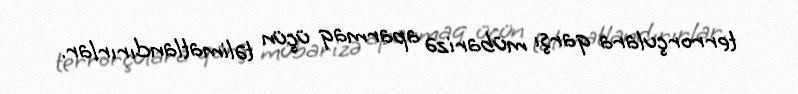
terrorçulara qarşı mübarizə aparmaq üçün təlimatlandırırlar.